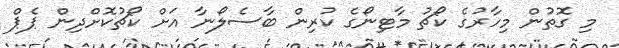
މި ގޮތުން މިހާރުގެ ކޯޗު މާޓިނޯގެ ކުރިން ބާސެލޯނާ އަށް ކޯޗުކޮށްދިން ޕެޕް